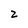
Character: 2